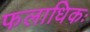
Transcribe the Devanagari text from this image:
फलाधिकः